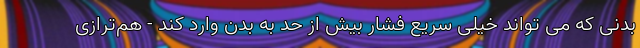
بدنی که می تواند خیلی سریع فشار بیش از حد به بدن وارد کند - هم‌ترازی